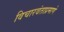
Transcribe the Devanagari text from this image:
विचारवंताप्रमाणे